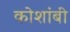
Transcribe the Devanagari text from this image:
कोशांबी